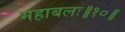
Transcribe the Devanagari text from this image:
महाबलः॥१०॥